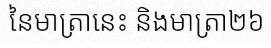
នៃមាត្រានេះ និងមាត្រា២៦